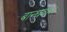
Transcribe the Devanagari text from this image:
बान्धवाः।